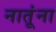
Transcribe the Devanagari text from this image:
नातूंना